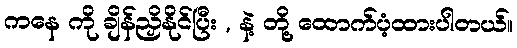
ကနေ ကို ချိန်ညှိနိုင်ပြီး , နဲ့ တို့ ထောက်ပံ့ထားပါတယ်။